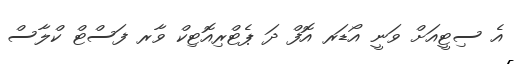
އެ ސިޓީއަށް ވަނީ އޯޑަރ އޮފް ދަ ޕެޓްރިއޮޓިކް ވާރ ފަސްޓް ކްލާސް